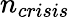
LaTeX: n_{crisis}